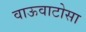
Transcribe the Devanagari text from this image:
वाऊवाटोसा